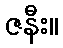
ဇနီး။